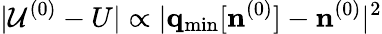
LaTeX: \vert{\cal U}^{(0)}-U\vert\propto\vert{\mathbf q}_{\mathrm{min}}[{\mathbf n}^{(0)}]-{\mathbf n}^{(0)}\vert^{2}